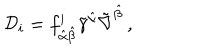
{ \cal D } _ { i } = f _ { \hat { \alpha } \hat { \beta } } ^ { i } \tilde { \gamma } ^ { \hat { \alpha } } \tilde { \nabla } ^ { \hat { \beta } } \, ,